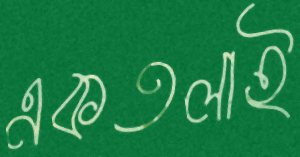
একতলাই